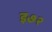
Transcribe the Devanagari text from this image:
इ७२